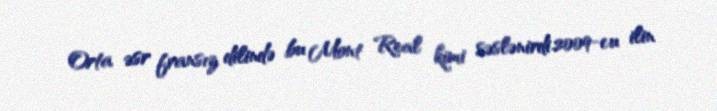
Orta əsr fransız dilində bu Mont Real kimi səslənirdi.2009-cu ilin